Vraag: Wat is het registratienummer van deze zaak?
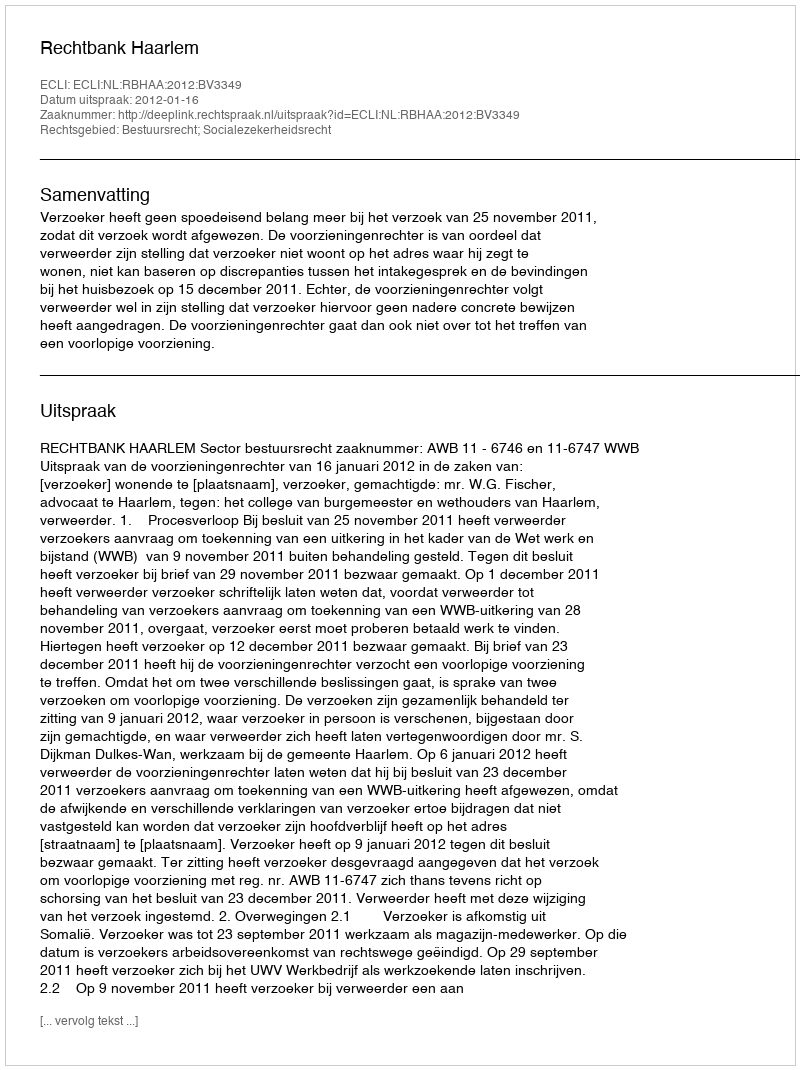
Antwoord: http://deeplink.rechtspraak.nl/uitspraak?id=ECLI:NL:RBHAA:2012:BV3349